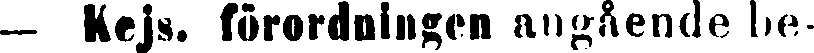
— Kejs. förordningen angående be-